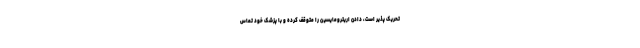
تحریک پذیر است، دادن اریترومایسین را متوقف کرده و با پزشک خود تماس